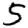
Digit: 5